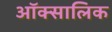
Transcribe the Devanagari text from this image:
ऑक्सालिक